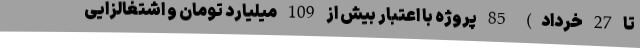
تا 27 خرداد) 85 پروژه با اعتبار بیش از 109 میلیارد تومان و اشتغالزایی